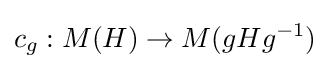
c_{g}:M(H)\to M(gHg^{-1})